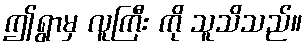
ဤရွာမှ လူကြီး ကို သူသိသည်။